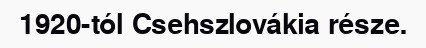
1920-tól Csehszlovákia része.